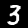
Digit: 3